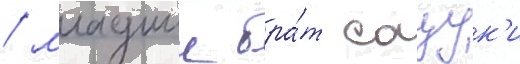
/ младшии бра́т сацук'и